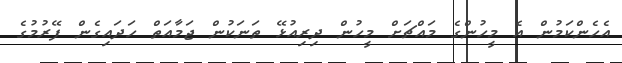
އެހެންކަމުން އެ މީހުންގެ މައްޗަށް މީހުން ދިރިއުޅޭ ތަނަކުން ޖަމާއަތް ހަދައިގެން ފޭރުމުގެ